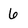
Character: 6